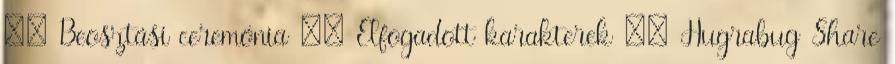
:: Beosztási ceremónia :: Elfogadott karakterek :: Hugrabug Share